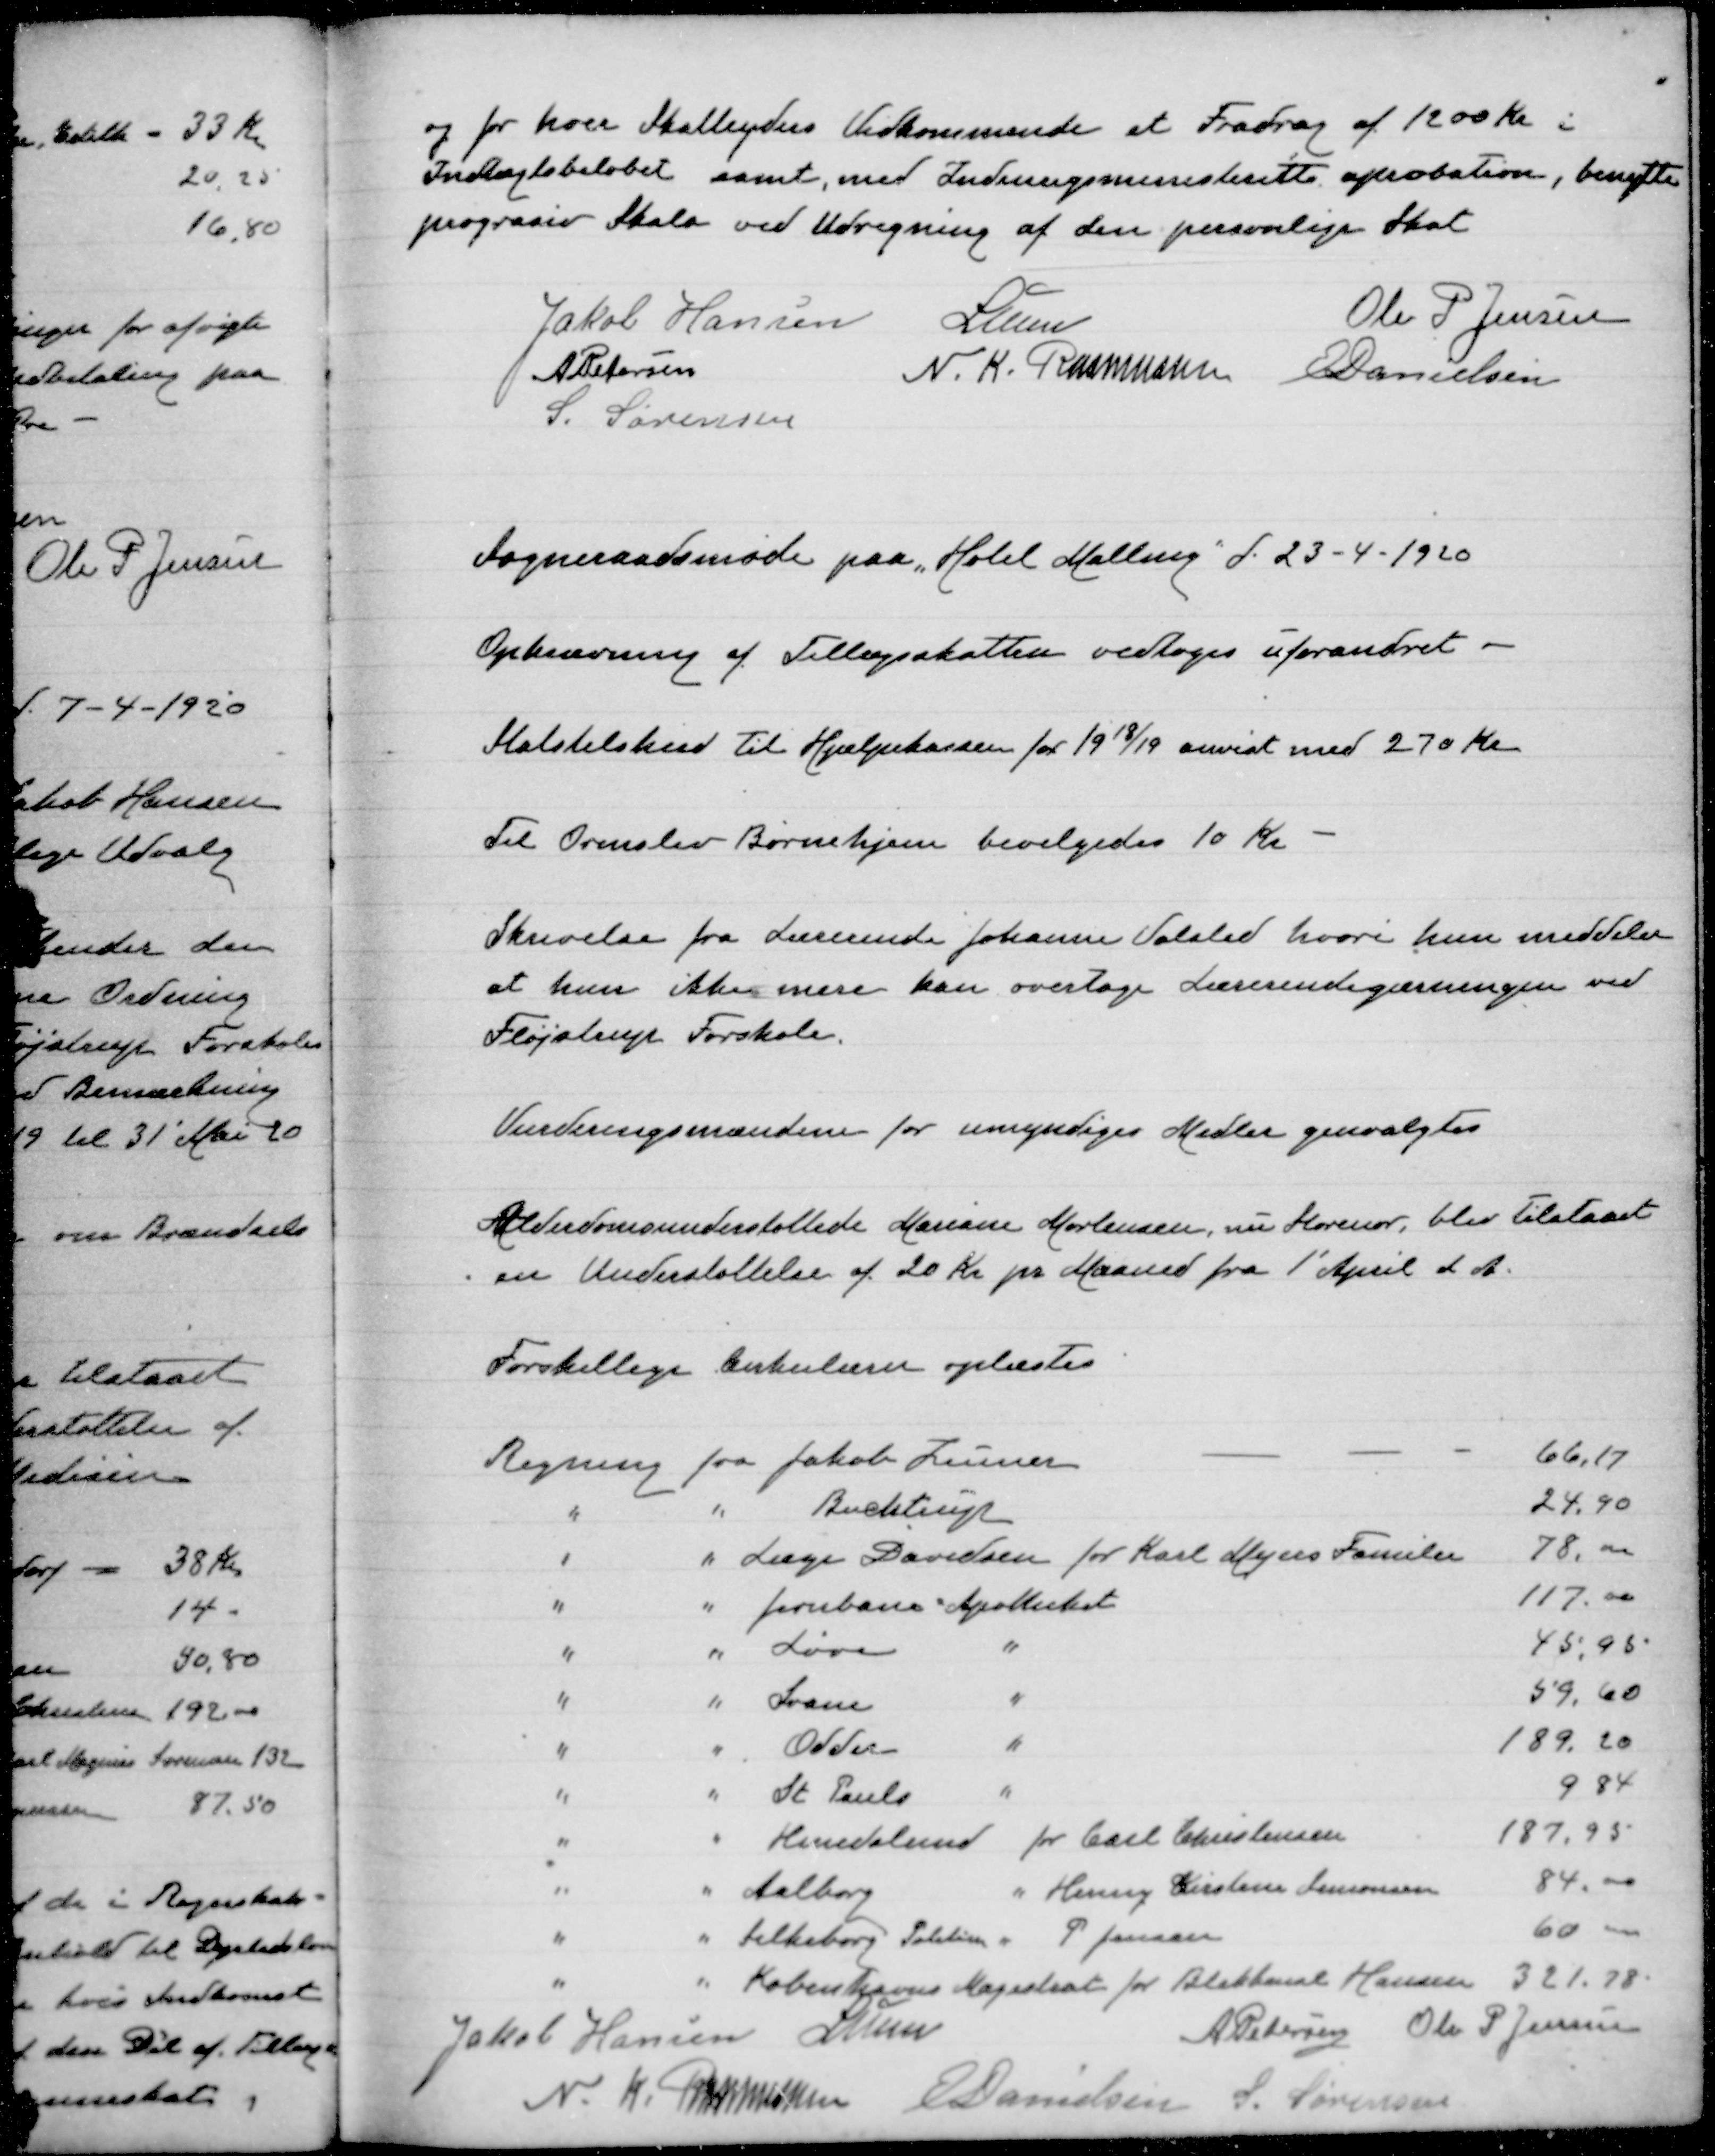
Transskription:
og for hver Skatteyders Vedkommende at Fradrag af 1200 Kr i
Indtægtsbeløbet samt, med Indenrigsministeritts aprobation, benytte
prograsiv Skala ved Udregning af den personlige Skat

Jakob Hansen
Lunn
Ole P Jensen
A Petersen
N. K. Rasmussen
E Danielsen
S. Sørensen

Sogneraadsmøde paa Hotel Malling d. 23-4-1920

Opkrævning af Tillægsskatter vedtoges uforandret

Statstilskud til Hjælpekassen for 1918/19 anvist med 270 Kr

Til Ormslev Børnehjem bevilgedes 10 Kr

Skrivelse fra Lærerinde Johanne Valsted hvori hun meddeler
at hun ikke mere kan overtage Lærerindegærningen ved
Fløjstrup Forskole

Vurderingsmændene for umyndiges Midler genvalgtes

Alderdomsunderstøttede Mariane Mortensen, nu Storenor, blev tilstaaet
en Understøttelse af 20 Kr pr Maaned fra 1' April d A.

Forskellige Cirkulærer oplæstes

Jakob Hansen
Lunn
A Petersen
Ole P Jensen
N. K. Rasmussen
E Danielsen
S. Sørensen